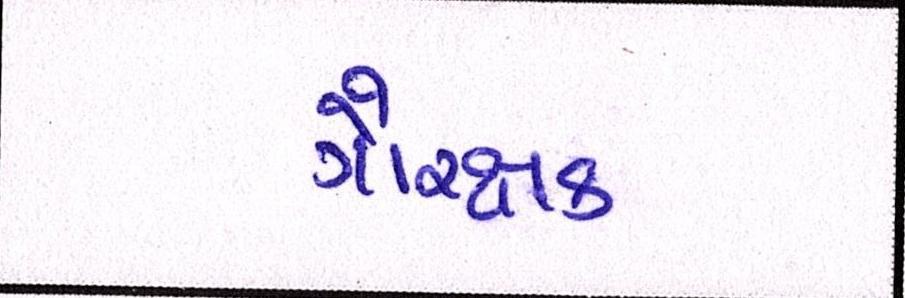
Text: ગૌરક્ષક